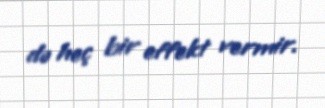
də heç bir effekt vermir.